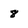
Character: 8